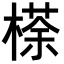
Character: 𣘻